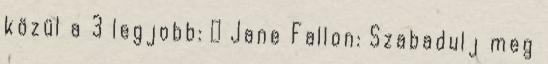
közül a 3 legjobb: ↪ Jane Fallon: Szabadulj meg